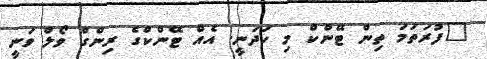
"ފުރަތަމަ ތިން ޓޭންކް މި ހަދަނީ. އެއް ޓޭންކްގެ ރިންގް ވޯލް ވަނީ